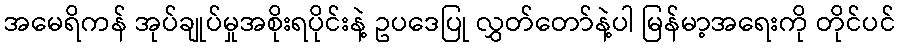
အမေရိကန် အုပ်ချုပ်မှုအစိုးရပိုင်းနဲ့ ဥပဒေပြု လွှတ်တော်နဲ့ပါ မြန်မာ့အရေးကို တိုင်ပင်